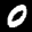
Label: 0